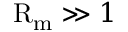
\mathrm { R } _ { \mathrm { m } } \gg 1